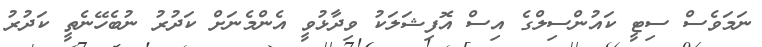
ނަމަވެސް ސިޓީ ކައުންސިލްގެ އިސް އޮފިޝަލަކު ވިދާޅުވީ އެންމެނަށް ކަދުރު ނުބެހޭނެތީ ކަދުރު